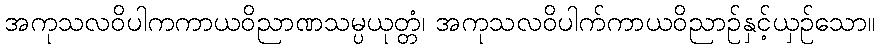
အကုသလဝိပါကကာယဝိညာဏသမ္ပယုတ္တံ၊ အကုသလဝိပါက်ကာယဝိညာဉ်နှင့်ယှဉ်သော။